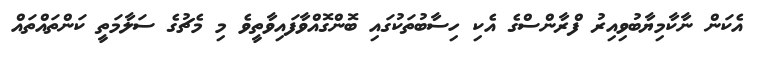
އެކަން ނާކާމިޔާބުވިއިރު ފްރާންސްގެ އެކި ހިސާބުތަކުގައި ބޮންގޮއްވާފައިވާތީވެ މި މެޗުގެ ސަލާމަތީ ކަންތައްތައް